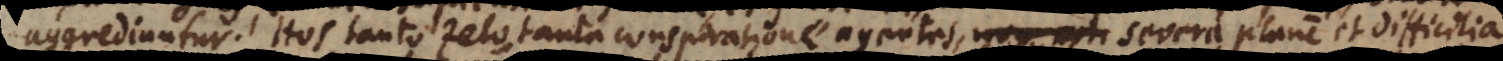
aggrediuntur. Hos tanto zelo, tanta conspiratione agentes, severa plane et difficilia